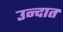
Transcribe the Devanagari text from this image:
उन्दात